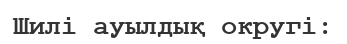
Шилі ауылдық округі: